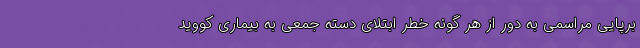
برپایی مراسمی به دور از هر گونه خطر ابتلای دسته جمعی به بیماری کووید